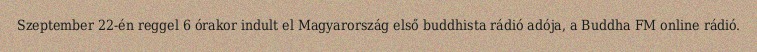
Szeptember 22-én reggel 6 órakor indult el Magyarország első buddhista rádió adója, a Buddha FM online rádió.